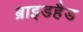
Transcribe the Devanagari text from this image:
ब्राइडहैड